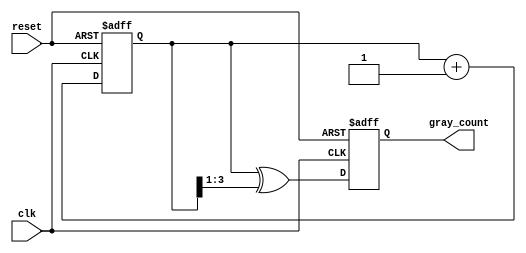
module gray_counter(
	input clk,
	input reset,
	output reg[3:0] gray_count
);

reg[3:0] count;
always @(posedge clk or posedge reset) begin
	if (reset) begin
		count <= 4'b0000;
		gray_count <= 4'b0000;
	end else begin
		count <= count + 1;
		gray_count <= count ^ (count >> 1);
	end
end

endmodule